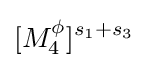
[M_{4}^{\phi }]^{s_{1}+s_{3}}